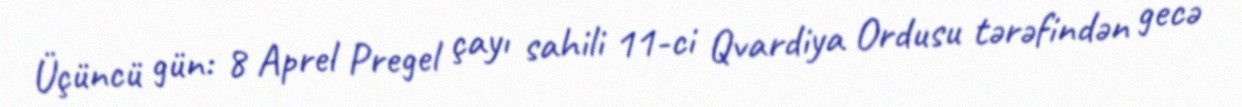
Üçüncü gün: 8 Aprel Pregel çayı sahili 11-ci Qvardiya Ordusu tərəfindən gecə